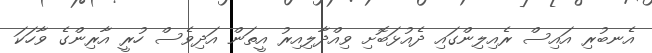
އެނބުރި އައިސް ރެއިލިންގައި ދެއުޅަބޮށި ވިއްދާލިއިރު އީތަން އަދިވެސް ހުރީ އާރިންގެ ވާހަކަ